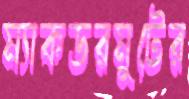
ম্যাকডরমুটের